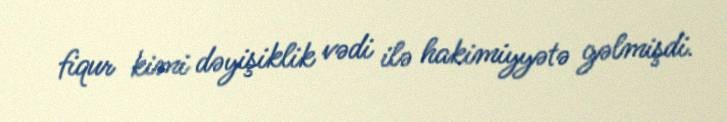
fiqur kimi dəyişiklik vədi ilə hakimiyyətə gəlmişdi.